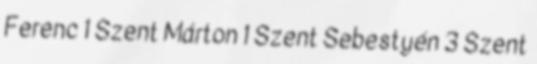
Ferenc 1 Szent Márton 1 Szent Sebestyén 3 Szent